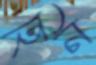
হিন